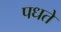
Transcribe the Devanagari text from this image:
पधते